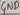
Text: GND